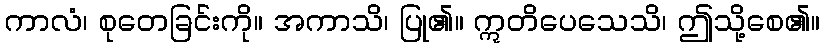
ကာလံ၊ စုတေခြင်းကို။ အကာသိ၊ ပြု၏။ ဣတိပေသေသိ၊ ဤသို့စေ၏။